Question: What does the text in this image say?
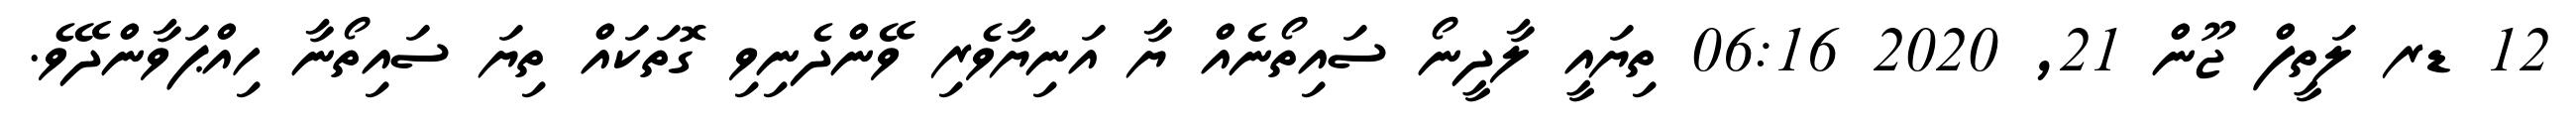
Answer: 12 ޑރ ލަތީފް ޖޫން 21, 2020 06:16 ތިޔައީ ލާދީނޯ ސައިތޯނެއް ޔާ އަނިޔާވެރި ވޭންދެނިވި ގޮތަކައް ތިޔަ ސައިތޯނާ ހިއްޕަވާންދޭވެ.